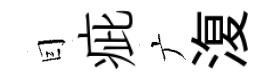
囙疵广𣸪